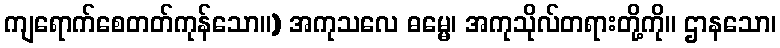
ကျရောက်စေတတ်ကုန်သော။) အကုသလေ ဓမ္မေ၊ အကုသိုလ်တရားတို့ကို။ ဌာနသော၊